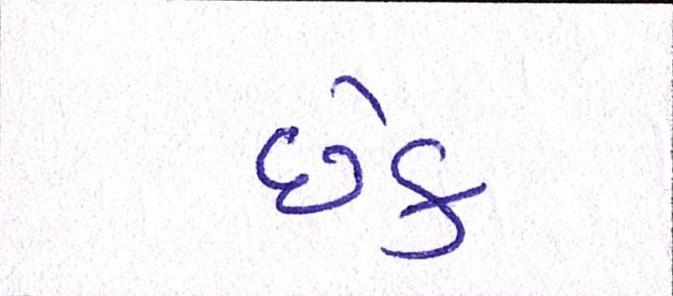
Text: છેક